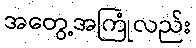
အတွေ့အကြုံလည်း